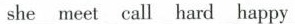
she meet call hard happy